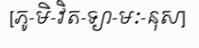
[ភូ-មិ-វិត-ទ្យា-មៈ-នុស]